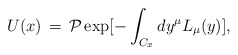
\begin{align*}U(x)\,=\, {\cal P} \exp [-\int_{C_x} dy^{\mu} L_{\mu} (y) ],\end{align*}